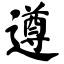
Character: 遵